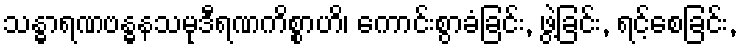
သန္ဓာရဏဗန္ဓနသမုဒီရဏကိစ္စာဟိ၊ ကောင်းစွာခံခြင်း, ဖွဲ့ခြင်း, ရင့်စေခြင်း,